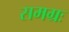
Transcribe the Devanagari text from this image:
समग्रः